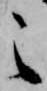
之